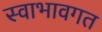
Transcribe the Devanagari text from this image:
स्वाभावगत